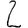
Digit: 2